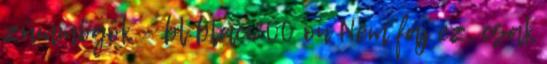
zümmögök – bl blaci200 on Nem fáj ez, csak